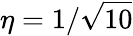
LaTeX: \eta=1/\sqrt{10}